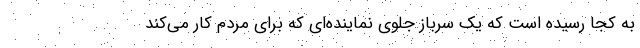
به کجا رسیده است که یک سرباز جلوی نماینده‌ای که برای مردم کار می‌کند